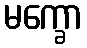
မက္ခော